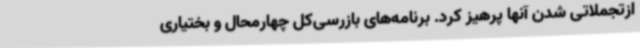
ازتجملاتی شدن آنها پرهیز کرد. برنامه‌های بازرسی‌کل چهارمحال و بختیاری